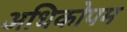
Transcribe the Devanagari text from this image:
अधिकोपम